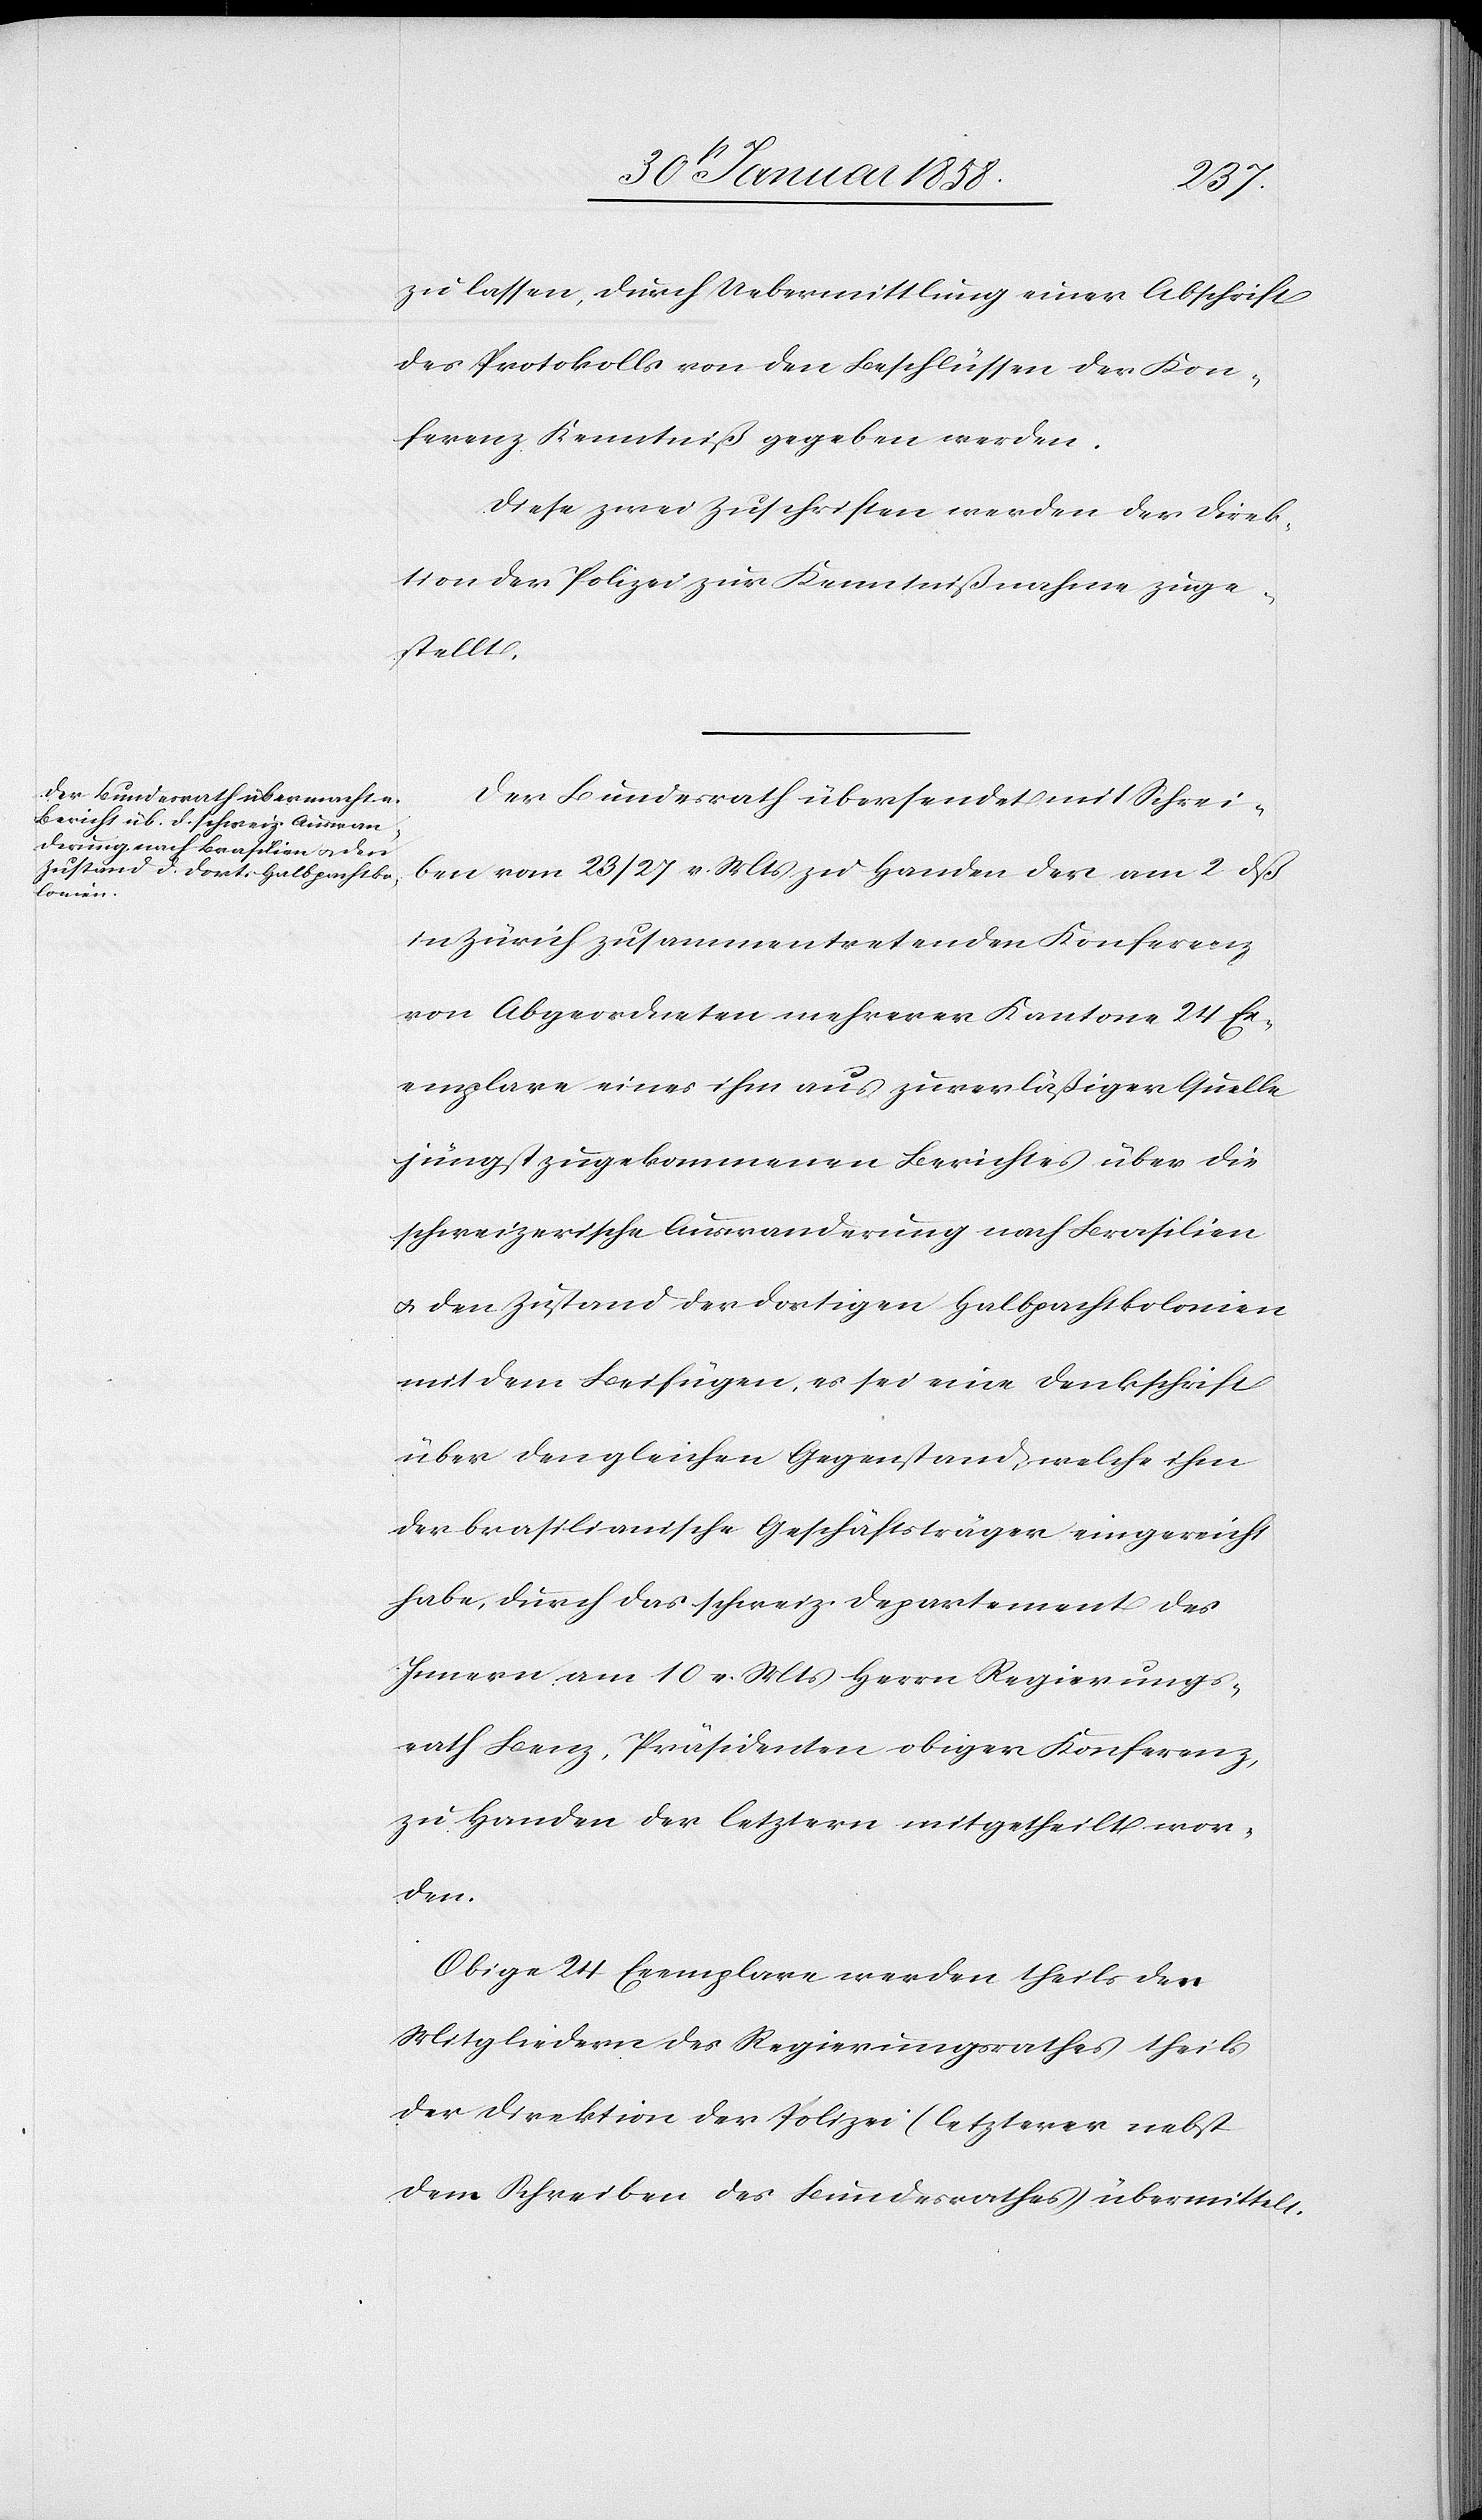
1858.]
zu lassen, durch Uebermittlung einer Abschrift
des Protokolls von den Beschlüssen der Kon¬
ferenz Kenntniß gegeben werden.
Diese zwei Zuschriften werden der Direk¬
tion der Polizei zur Kenntnißnahme zuge¬
stellt.
Der Bundesrath übersendet mit Schrei¬
ben vom 23/27 v. Mts zu Handen der am 2 dß
in Zürich zusammentretenden Konferenz
von Abgeordneten mehrerer Kantone 24 Ex¬
emplare eines ihm aus zuverläßiger Quelle
jüngst zugekommenen Berichte über die
schweizerische Auswanderung nach Brasilien
u. den Zustand der dortigen Halbpachtkolonien
mit dem Beifügen, es sei eine Denkschrift
über den gleichen Gegenstand, welche ihm
der brasilianische Geschäftsträger eingereicht
habe, durch das schweiz. Departement des
Innern am 10 v. Mts Herrn Regierungs¬
rath Benz, Präsidenten obiger Konferenz,
zu Handen der letztern mitgetheilt wor¬
den.
Obige 24 Exemplare werden theils den
Mitgliedern des Regierungsrathes theils
der Direktion der Polizei (letzterer nebst
dem Schreiben des Bundesrathes[)] übermittelt.